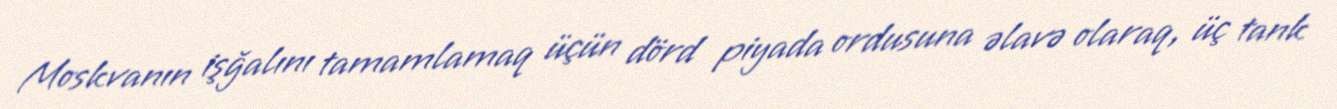
Moskvanın işğalını tamamlamaq üçün dörd piyada ordusuna əlavə olaraq, üç tank